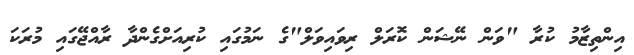
އިންތިޒާމު ކުރާ "ވަން ނޭޝަން ކޮރަލް ރިވައިވަލް"ގެ ނަމުގައި ކުރިއަށްގެންދާ ރާއްޖޭގައި މުރަކަ